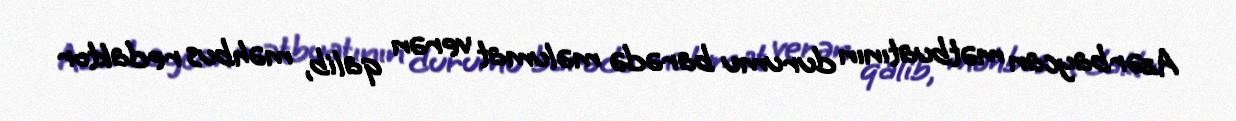
Azərbaycan mətbuatının durumu barədə məlumat verən qalib, məhbus redaktor